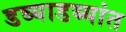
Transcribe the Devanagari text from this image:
डब्याडब्यांत